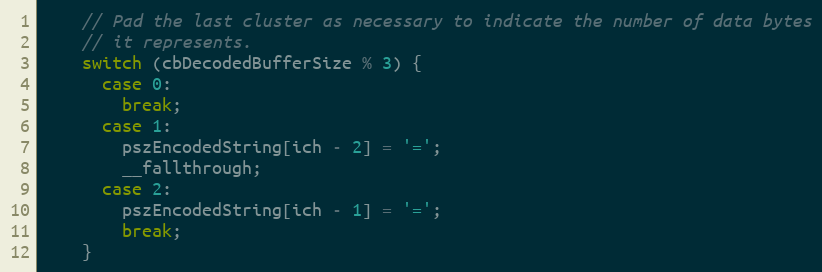
Language: C++
    // Pad the last cluster as necessary to indicate the number of data bytes
    // it represents.
    switch (cbDecodedBufferSize % 3) {
      case 0:
        break;
      case 1:
        pszEncodedString[ich - 2] = '=';
        __fallthrough;
      case 2:
        pszEncodedString[ich - 1] = '=';
        break;
    }